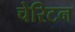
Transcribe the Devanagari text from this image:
चेरिटन